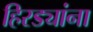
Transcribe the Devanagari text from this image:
हिरड्यांना